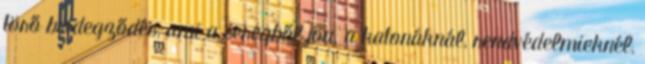
törő beidegződés, ami a seregből jön. a katonáknál, rendvédelmieknél,